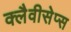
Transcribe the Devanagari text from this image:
क्लैवीसेप्स